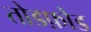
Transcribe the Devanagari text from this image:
तोडफ़ोड